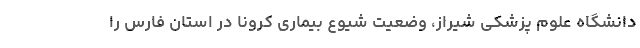
دانشگاه علوم پزشکی شیراز، وضعیت شیوع بیماری کرونا در استان فارس را